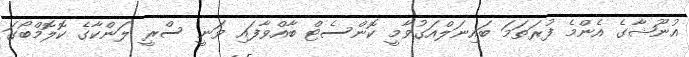
އުނޫޝާގެ އެންމެ ފުރަތަމަ ބައިނަލްއަގުވާމީ ކޮންސެޓް ބާއްވާފައި ވަނީ ސްރީ ލަންކާގެ ކޮލޮމްބޯގަ